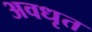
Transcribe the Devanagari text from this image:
अवधृत